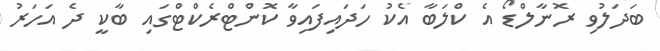
ބަދަލުވި ރޮނާލްޑޯ އެ ކްލަބާ އެކު ހަދައިފައިވާ ކޮންޓްރެކްޓްގައި ބާކީ ދެ އަހަރު